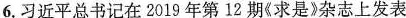
6.习近平总书记在2019年第12期《求是》杂志上发表